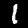
Digit: 1